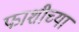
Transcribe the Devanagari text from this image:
फाशीच्या